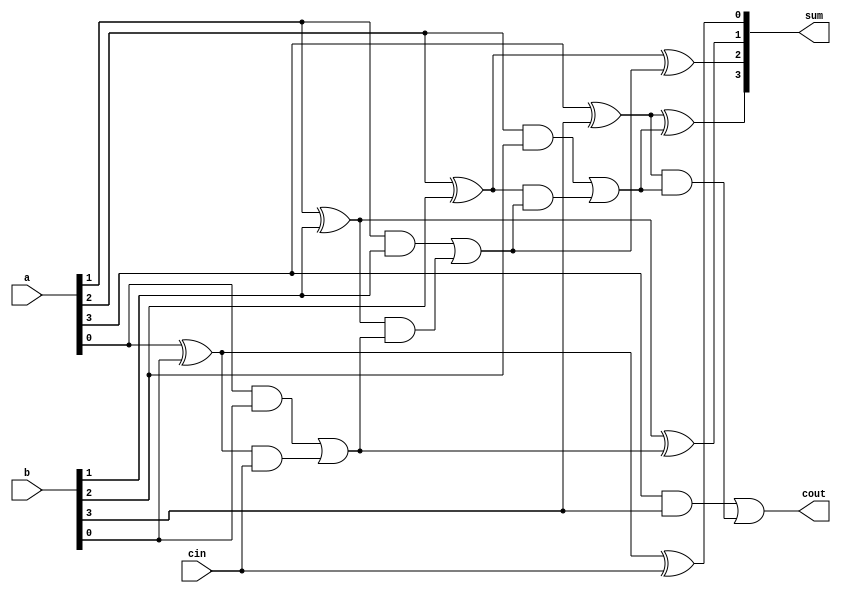
`timescale 1ns / 1ps
module carry_look_ahead_adder(input [3:0] a,b,input cin,output reg [3:0] sum,output reg cout);
reg [4:0] temp;
integer i;
integer j;
always @(*) begin
    temp[0]=cin;
    sum[0]=a[0]^b[0]^cin;
    for(i=1;i<=4;i=i+1) begin
        temp[i] = (a[i-1] & b[i-1])| ((a[i-1]^b[i-1]) & temp[i-1]);
        if (i<4) begin
            sum[i]=a[i]^b[i]^temp[i];
        end
    end
    cout=temp[4];
end

endmodule